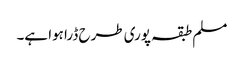
مسلم طبقہ پوری طرح ڈرا ہوا ہے۔